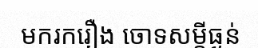
មករករឿង ចោទសម្តីធ្ងន់